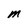
Character: M